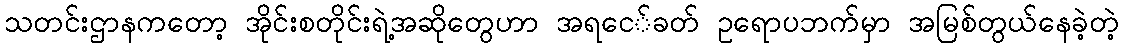
သတင်းဌာနကတော့ အိုင်းစတိုင်းရဲ့အဆိုတွေဟာ အရငေ်ခတ် ဥရောပဘက်မှာ အမြစ်တွယ်နေခဲ့တဲ့